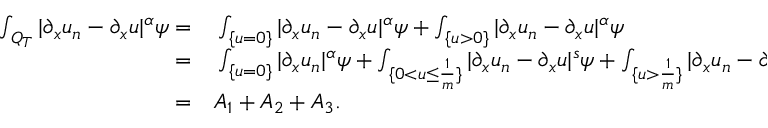
\begin{array} { r l } { \int _ { Q _ { T } } | \partial _ { x } u _ { n } - \partial _ { x } u | ^ { \alpha } \psi = } & { { } \int _ { \{ u = 0 \} } | \partial _ { x } u _ { n } - \partial _ { x } u | ^ { \alpha } \psi + \int _ { \{ u > 0 \} } | \partial _ { x } u _ { n } - \partial _ { x } u | ^ { \alpha } \psi } \\ { = } & { { } \int _ { \{ u = 0 \} } | \partial _ { x } u _ { n } | ^ { \alpha } \psi + \int _ { \{ 0 < u \leq \frac { 1 } { m } \} } | \partial _ { x } u _ { n } - \partial _ { x } u | ^ { s } \psi + \int _ { \{ u > \frac { 1 } { m } \} } | \partial _ { x } u _ { n } - \partial _ { x } u | ^ { s } \psi } \\ { = } & { { } A _ { 1 } + A _ { 2 } + A _ { 3 } . } \end{array}